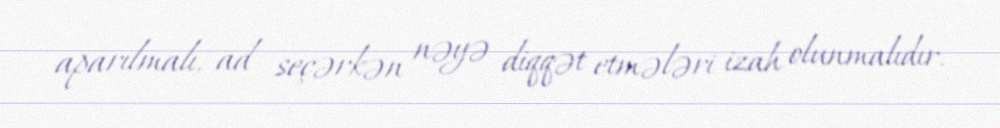
aparılmalı, ad seçərkən nəyə diqqət etmələri izah olunmalıdır.